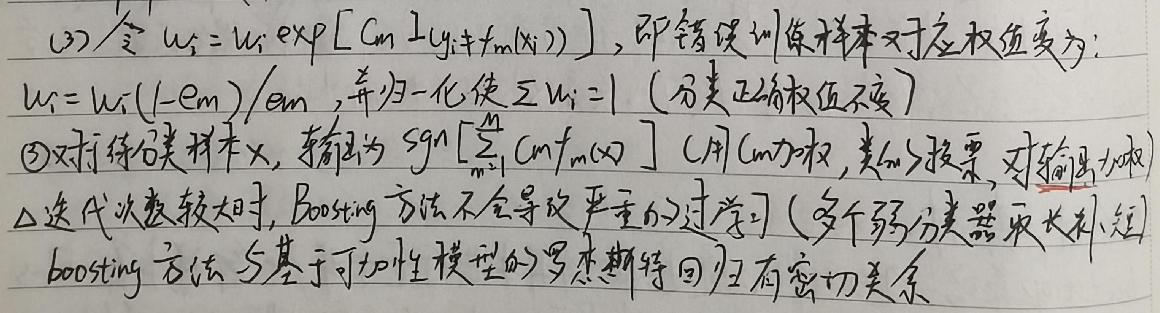
(2) 令 $w_i = w_i \exp[C_m I(y_i \neq f_m(x_i))]$，即错误训练样本对应权重变为：
$w_i = w_i(1 - e_m)/e_m$，并归一化使 $\sum w_i = 1$（分类正确权重不变）
(3) 对待分类样本 $x$，输出为 $\text{sgn}[\sum_{m = 1}^{M} C_m f_m(x)]$（用 $C_m$ 加权，类别的投票，对输出加权）
$\triangle$ 迭代次数较大时，Boosting 方法不会导致严重的过学习（多个弱分类器取长补短）
boosting 方法与基于可加性模型的罗杰斯特回归有密切关系